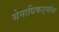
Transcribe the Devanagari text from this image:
सेनाधिकाऱ्यांना